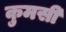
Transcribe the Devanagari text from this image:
कुमसी